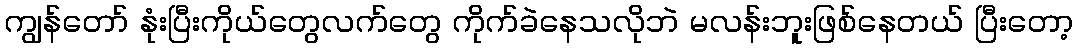
ကျွန်တော် နုံးပြီးကိုယ်တွေလက်တွေ ကိုက်ခဲနေသလိုဘဲ မလန်းဘူးဖြစ်နေတယ် ပြီးတော့